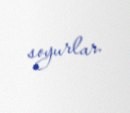
soyurlar.